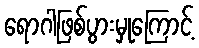
ရောဂါဖြစ်ပွားမှုကြောင့်